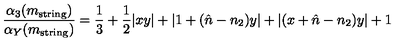
\frac { \alpha _ { 3 } ( m _ { \mathrm { s t r i n g } } ) } { \alpha _ { Y } ( m _ { \mathrm { s t r i n g } } ) } = \frac { 1 } { 3 } + \frac { 1 } { 2 } | x y | + | 1 + ( \hat { n } - n _ { 2 } ) y | + | ( x + \hat { n } - n _ { 2 } ) y | + 1